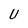
Character: U